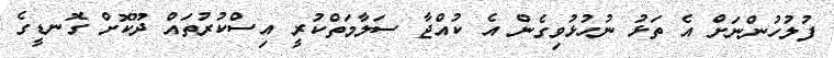
ފުލުހުންނަށް އެ ތަޅު ނުހުޅުވިގެން އެ ކުއްޖާ ސަލާމަތްކުރީ އިސްކުރުތައް ދޫކޮށް ގޮނޑީގެ